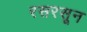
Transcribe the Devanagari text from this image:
रसरसून